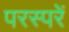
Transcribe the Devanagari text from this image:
परस्परें